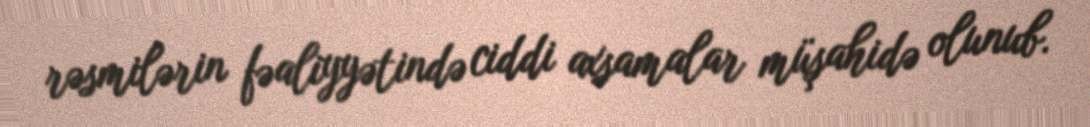
rəsmilərin fəaliyyətində ciddi axsamalar müşahidə olunub.